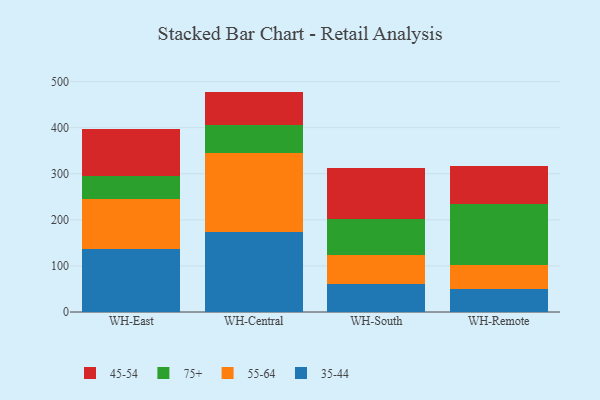
{"axis": {"x": "Warehouse", "y": "Tickets Resolved"}, "legend": ["35-44", "45-54", "55-64", "75+"], "data": [{"x": "WH-East", "y": 136.4, "type": "35-44"}, {"x": "WH-East", "y": 108.4, "type": "55-64"}, {"x": "WH-East", "y": 49.9, "type": "75+"}, {"x": "WH-East", "y": 101.4, "type": "45-54"}, {"x": "WH-Central", "y": 173.0, "type": "35-44"}, {"x": "WH-Central", "y": 172.7, "type": "55-64"}, {"x": "WH-Central", "y": 59.0, "type": "75+"}, {"x": "WH-Central", "y": 73.5, "type": "45-54"}, {"x": "WH-South", "y": 59.7, "type": "35-44"}, {"x": "WH-South", "y": 65.0, "type": "55-64"}, {"x": "WH-South", "y": 76.6, "type": "75+"}, {"x": "WH-South", "y": 112.0, "type": "45-54"}, {"x": "WH-Remote", "y": 49.5, "type": "35-44"}, {"x": "WH-Remote", "y": 53.5, "type": "55-64"}, {"x": "WH-Remote", "y": 132.3, "type": "75+"}, {"x": "WH-Remote", "y": 81.6, "type": "45-54"}]}